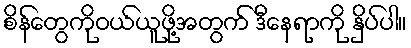
စိန်တွေကိုဝယ်ယူဖို့အတွက် ဒီနေရာကို နှိပ်ပါ။